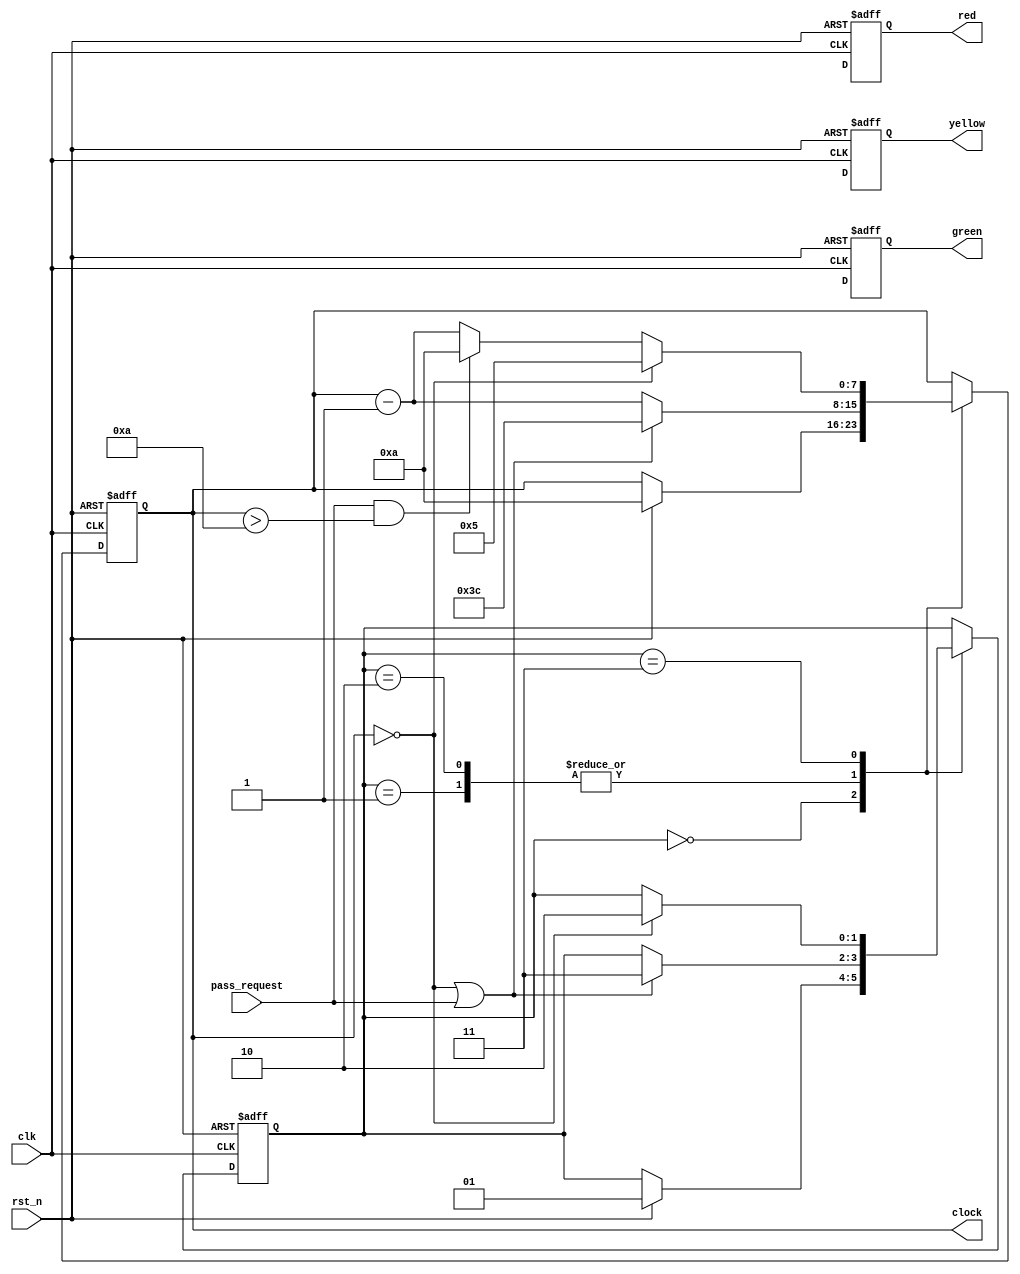
module traffic_light (
    input wire rst_n,
    input wire clk,
    input wire pass_request,
    output wire [7:0] clock, // Changed from reg to wire
    output reg red,
    output reg yellow,
    output reg green
);

    parameter idle = 2'b00, s1_red = 2'b01, s2_yellow = 2'b10, s3_green = 2'b11;
    reg [7:0] cnt;
    reg [1:0] state;
    reg p_red, p_yellow, p_green;

    always @(posedge clk or negedge rst_n) begin
        if (!rst_n) begin
            state <= idle;
            cnt <= 8'b00000000;
        end else begin
            case (state)
                idle: begin
                    if (rst_n) begin
                        state <= s1_red;
                        cnt <= 8'b00001010;
                    end
                end
                s1_red: begin
                    if (cnt == 8'b00000000 || pass_request) begin
                        state <= s3_green;
                        cnt <= 8'b00111100;
                    end else begin
                        cnt <= cnt - 1;
                    end
                end
                s2_yellow: begin
                    if (cnt == 8'b00000000 || pass_request) begin
                        state <= s3_green;
                        cnt <= 8'b00111100;
                    end else begin
                        cnt <= cnt - 1;
                    end
                end
                s3_green: begin
                    if (cnt == 8'b00000000) begin
                        state <= s2_yellow;
                        cnt <= 8'b00000101;
                    end else if (pass_request && cnt > 8'b00001010) begin
                        cnt <= 8'b00001010;
                    end else begin
                        cnt <= cnt - 1;
                    end
                end
            endcase
        end
    end

    assign clock = cnt;

    always @(posedge clk or negedge rst_n) begin
        if (!rst_n) begin
            red <= 0;
            yellow <= 0;
            green <= 0;
        end else begin
            red <= p_red;
            yellow <= p_yellow;
            green <= p_green;
        end
    end
endmodule